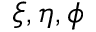
\xi , \eta , \phi